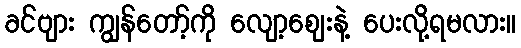
ခင်ဗျား ကျွန်တော့်ကို လျော့ဈေးနဲ့ ပေးလို့ရမလား။